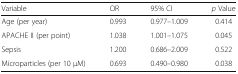
<table><thead><tr><td><b>Variable</b></td><td><b>OR</b></td><td><b>95% CI</b></td><td><b><i>p</i> Value</b></td></tr></thead><tbody><tr><td>Age (per year)</td><td>0.993</td><td>0.977–1.009</td><td>0.414</td></tr><tr><td>APACHE II (per point)</td><td>1.038</td><td>1.001–1.075</td><td>0.045</td></tr><tr><td>Sepsis</td><td>1.200</td><td>0.686–2.009</td><td>0.522</td></tr><tr><td>Microparticles (per 10 μM)</td><td>0.693</td><td>0.490–0.980</td><td>0.038</td></tr></tbody></table>